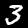
Digit: 3